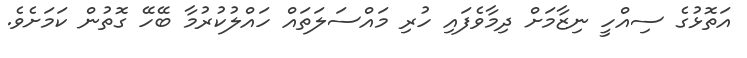
އަތޮޅުގެ ސިއްހީ ނިޒާމަށް ދިމާވެފައި ހުރި މައްސަލަތައް ހައްލުކުރުމާ ބޭހޭ ގޮތުން ކަމަށެވެ.